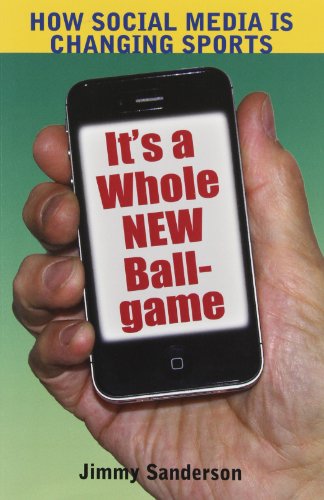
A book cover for How Social Media is Changing Sports: Its a Whole New Ballgame (The Hampton Press Communication Series ( Mass Communication and Journalism)); Jimmy Sanderson; Sports & Outdoors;